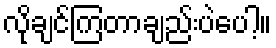
လိုချင်ကြတာချည်းပဲပေါ့။